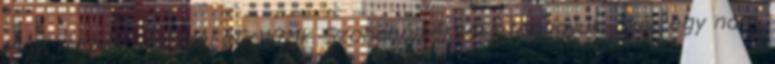
lágy, mézes utóízzel búcsúzik. Szobahőmérsékleten igyuk, akár egy nagy